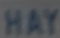
HAY